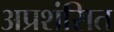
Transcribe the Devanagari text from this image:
अप्रशंसित